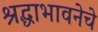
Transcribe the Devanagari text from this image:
श्रद्धाभावनेचे